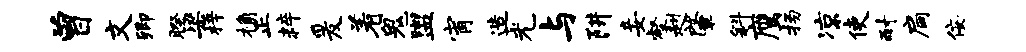
曾文卿暌梁梓桷正粹爰着鬼盥宵造光与阱妾壑赳肇斜鹰扬凉使耐扃佞